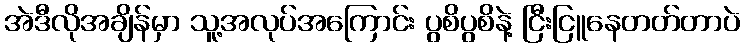
အဲဒီလိုအချိန်မှာ သူ့အလုပ်အကြောင်း ပွစိပွစိနဲ့ ငြီးငြူနေတတ်တာပဲ